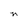
Character: n